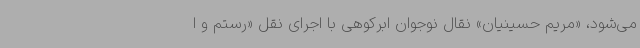
می‌شود، «مریم حسینیان» نقال نوجوان ابرکوهی با اجرای نقل «رستم و ا